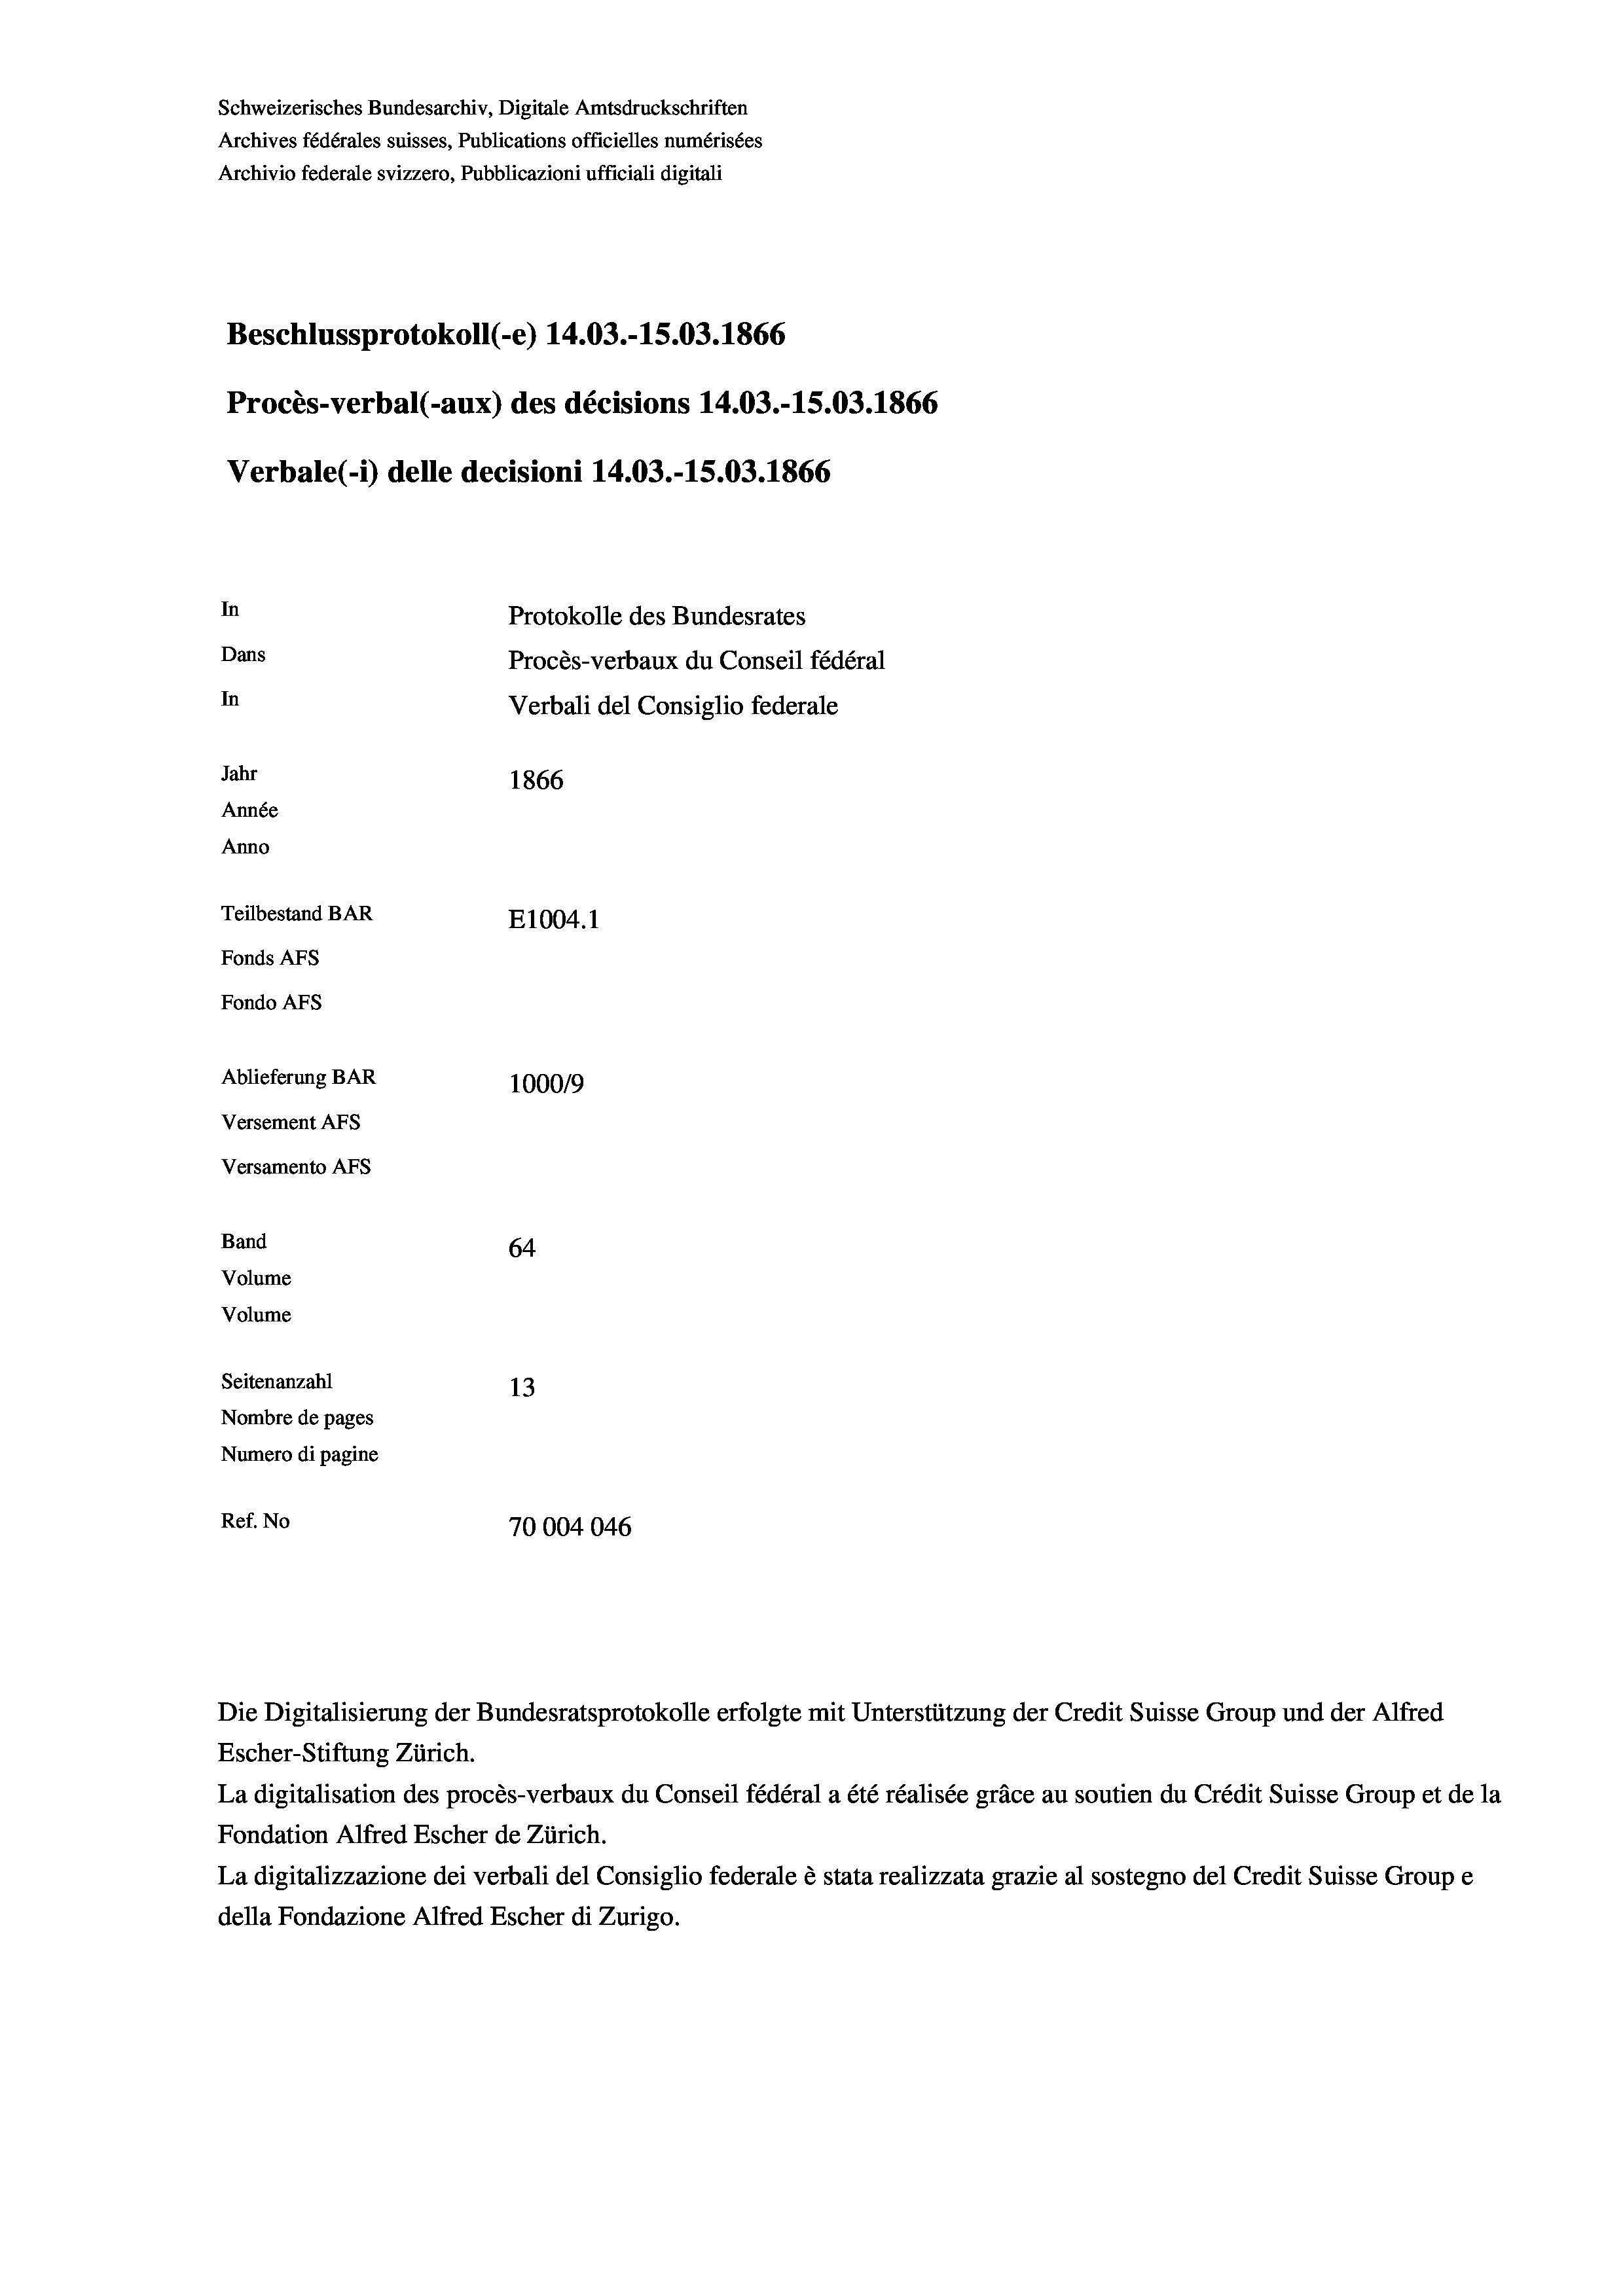
Schweizerisches Bundesarchiv, Digitale Amtsdruckschriften
Archives fédérales suisses, Publications officielles numérisées
Archivio federale svizzero, Pubblicazioni ufficiali digitali
Beschlussprotokoll (-e) 14.03.-15.03. 1866
Procès-verbal (-aux) des décisions 14.03.-15.03. 1866
Verbale(-*) delle decisioni 14.03.-15.03. 1866
In
Protokolle des Bundesrates
Dans
Procès-verbaux du Conseil fédéral
In
Verbali del Consiglio federale
Jahr
1866
Année
Anno
Teilbestand BAR
E1004.1
Fonds AFs
Fondo Afs
Ablieferung BAR
100019
Versement AFs
Versamento Afs
Band
64
Volume
Volume
Seitenanzahl
13
Nombre de pages
Numero di pagine
Ref. No
70004046

Escher-Stiftung Zürich.
La digitalisation des procès-verbaux du Conseil fédéral a été réalisée gräce au soutien du Crédit Suisse Group et de la
Fondation Alfred Escher de Zürich.
La digitalizzazione dei verbali del Consiglio federale è stata realizzata grazie al sostegno del Credit Suisse Groupe
della Fondazione Alfred Escher di Zurigo.

Die Digitalisierung der Bundesratsprotokolle erfolgte mit Unterstützung der Credit Suisse Group und der Alfred